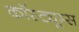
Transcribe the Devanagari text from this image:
कॉस्ट्यूम्स